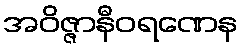
အဝိဇ္ဇာနီဝရဏေန